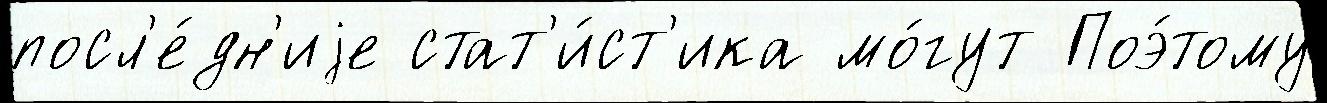
посл'е́дн'иjе стат'и́ст'ика мо́гут Поэ́тому